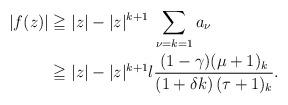
LaTeX: \begin{align*}|f(z)| &\geqq |z| - |z|^{k+1}\;\sum_{\nu=k=1} a_{\nu} \\&\geqq |z| - |z|^{k+1}\l\dfrac{(1- \gamma) (\mu+1)_{k}}{(1+\delta k) \,(\tau+1)_{k}}.\end{align*}